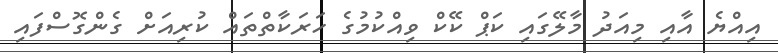
އިއްޔެ އާއި މިއަދު މާލޭގައި ކަޕް ކޭކް ވިއްކުމުގެ ހަރަކާތްތައް ކުރިއަށް ގެންގޮސްފައި